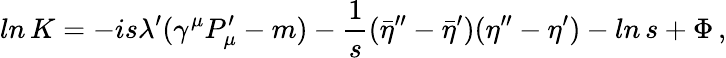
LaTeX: ln\, K=-is\lambda^{\prime}(\gamma^{\mu}P_{\mu}^{\prime}-m)-{\frac{1}{s}}({\bar{\eta}}^{\prime\prime}-{\bar{\eta}}^{\prime})(\eta^{\prime\prime}-\eta^{\prime})-ln\, s+\Phi\, ,